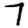
Digit: 7